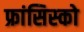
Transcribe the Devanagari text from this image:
फ्रांसिस्‍को